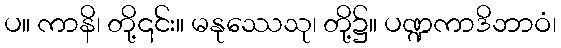
ပ။ ကာနိ၊ တို့၎င်း။ မနုဿေသု၊ တို့၌။ ပဏ္ဍကာဒိဘာဝံ၊